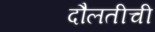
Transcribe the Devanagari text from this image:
दौलतीची